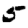
Digit: 5